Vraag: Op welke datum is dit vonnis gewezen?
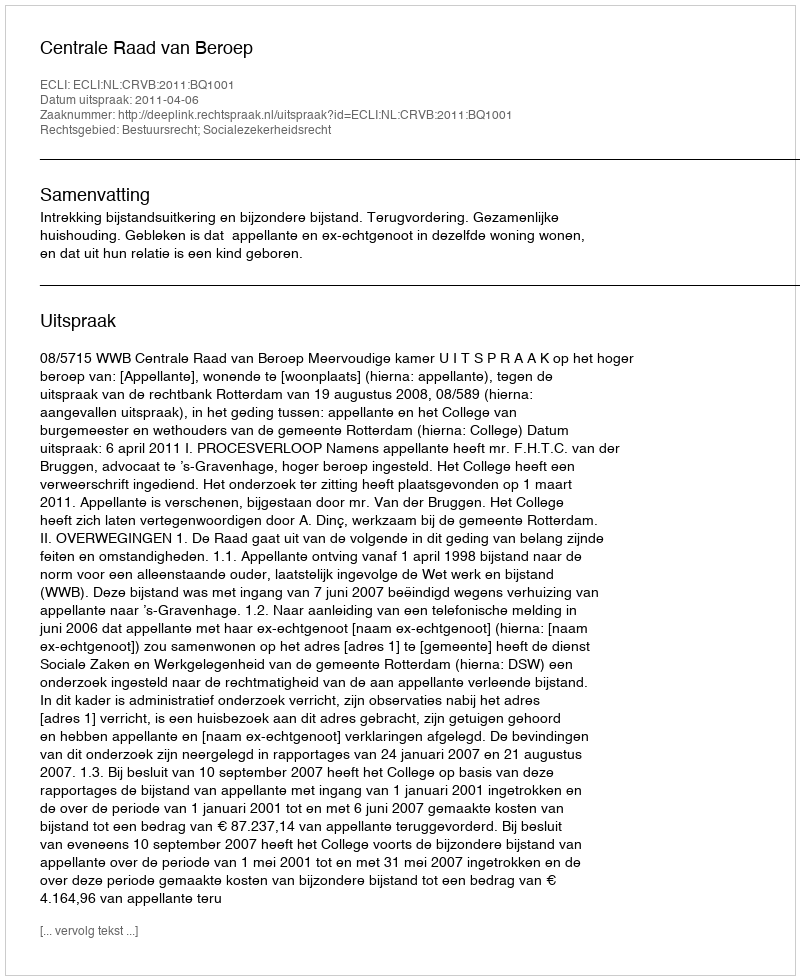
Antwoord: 2011-04-06